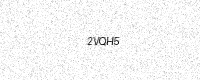
Text: 2VQH5